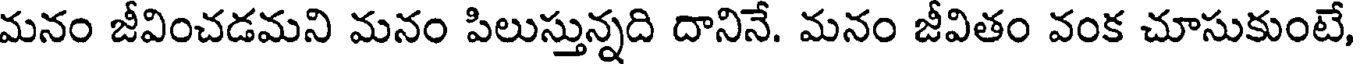
మనం జీవించడమని మనం పిలుస్తున్నది దానినే. మనం జీవితం వంక చూసుకుంటే,